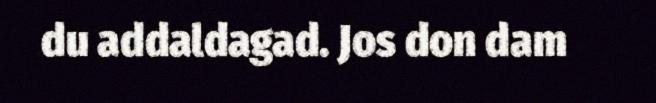
du addaldagad. Jos don dam